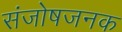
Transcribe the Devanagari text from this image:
संजोषजनक